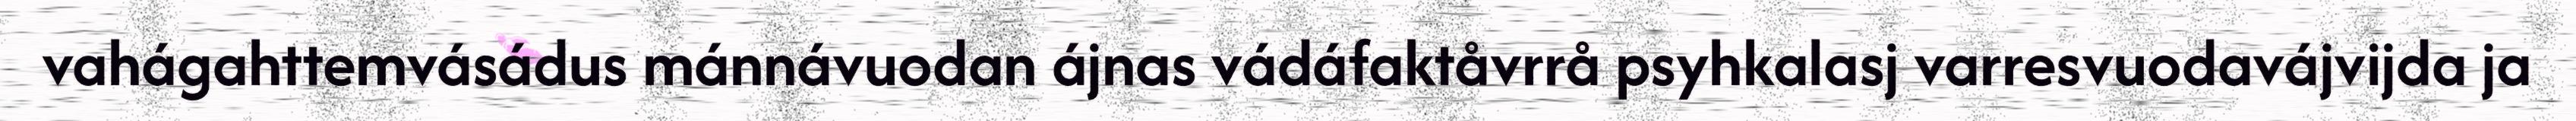
vahágahttemvásádus mánnávuodan ájnas vádáfaktåvrrå psyhkalasj varresvuodavájvijda ja